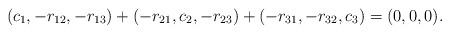
LaTeX: \begin{align*}(c_1,-r_{12},-r_{13}) + (-r_{21},c_2,-r_{23}) + (-r_{31},-r_{32},c_3) = (0,0,0).\end{align*}